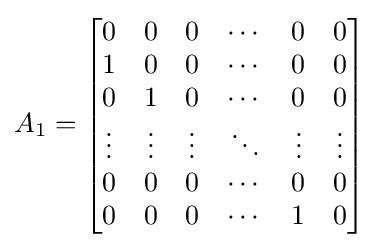
A_{1}={\begin{bmatrix}0&0&0&\cdots &0&0\\1&0&0&\cdots &0&0\\0&1&0&\cdots &0&0\\\vdots &\vdots &\vdots &\ddots &\vdots &\vdots \\0&0&0&\cdots &0&0\\0&0&0&\cdots &1&0\end{bmatrix}}